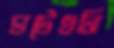
ঘটেওনি